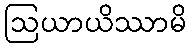
ဩယာယိဿာမိ